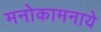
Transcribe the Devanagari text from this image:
मनोकामनाये